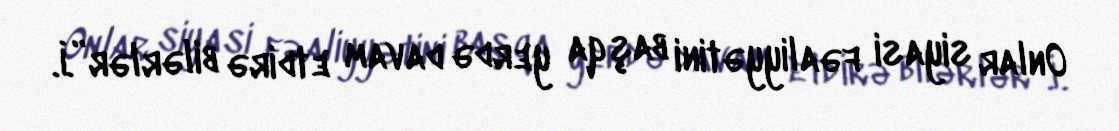
Onlar siyasi fəaliyyətini başqa yerdə davam etdirə bilərlər”.İ.